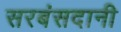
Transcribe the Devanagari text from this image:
सरबंसदानी